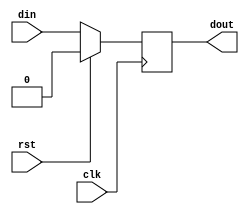
module delay(clk, rst, din, dout);

parameter WIDTH = 1;
parameter DELAY = 1;
parameter DEFAULT = 0;

input wire clk;
input wire rst;
input wire [WIDTH-1:0] din;
output wire [WIDTH-1:0] dout;

reg [WIDTH-1:0] delay_buf [DELAY-1:0];
assign dout = delay_buf[0];

integer i;

always @ (posedge clk) begin
    if(rst) for(i = 0; i <= DELAY-1; i = i + 1) delay_buf[i] <= DEFAULT;
    else begin
        for(i = 0; i <= DELAY-1; i = i + 1) begin
            if(i == DELAY-1) delay_buf[i] <= din;
            else delay_buf[i] <= delay_buf[i + 1];
        end
    end
end

endmodule